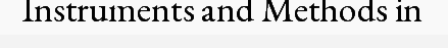
Instruments and Methods in